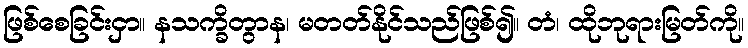
ဖြစ်စေခြင်းငှာ။ နသက္ခိတွာန၊ မတတ်နိုင်သည်ဖြစ်၍။ တံ၊ ထိုဘုရားမြတ်ကို။